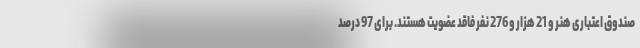
صندوق اعتباری هنر و 21 هزار و 276 نفر فاقد عضویت هستند. برای 97 درصد